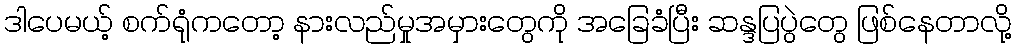
ဒါပေမယ့် စက်ရုံကတော့ နားလည်မှုအမှားတွေကို အခြေခံပြီး ဆန္ဒပြပွဲတွေ ဖြစ်နေတာလို့